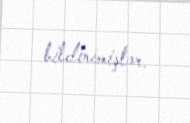
bildirimişlər.